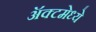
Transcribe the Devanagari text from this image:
ॲक्टमेध्ये